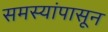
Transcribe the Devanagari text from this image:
समस्यांपासून